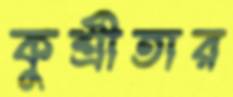
কুশ্রীতার